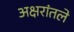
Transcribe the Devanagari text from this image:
अक्षरांतले